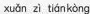
xuǎn zì tían kòng